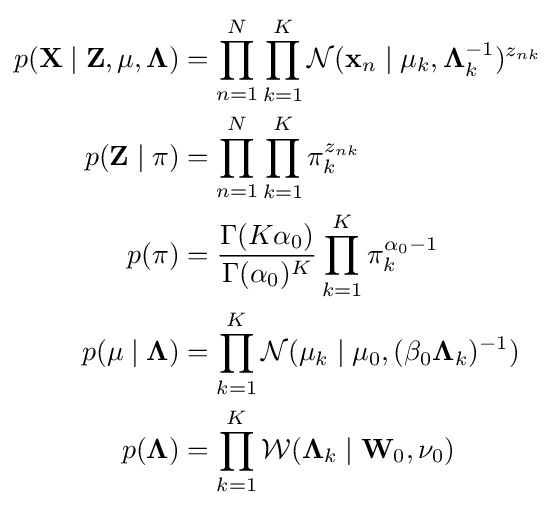
{\begin{aligned}p(\mathbf {X} \mid \mathbf {Z} ,\mathbf {\mu } ,\mathbf {\Lambda } )&=\prod _{n=1}^{N}\prod _{k=1}^{K}{\mathcal {N}}(\mathbf {x} _{n}\mid \mathbf {\mu } _{k},\mathbf {\Lambda } _{k}^{-1})^{z_{nk}}\\p(\mathbf {Z} \mid \mathbf {\pi } )&=\prod _{n=1}^{N}\prod _{k=1}^{K}\pi _{k}^{z_{nk}}\\p(\mathbf {\pi } )&={\frac {\Gamma (K\alpha _{0})}{\Gamma (\alpha _{0})^{K}}}\prod _{k=1}^{K}\pi _{k}^{\alpha _{0}-1}\\p(\mathbf {\mu } \mid \mathbf {\Lambda } )&=\prod _{k=1}^{K}{\mathcal {N}}(\mathbf {\mu } _{k}\mid \mathbf {\mu } _{0},(\beta _{0}\mathbf {\Lambda } _{k})^{-1})\\p(\mathbf {\Lambda } )&=\prod _{k=1}^{K}{\mathcal {W}}(\mathbf {\Lambda } _{k}\mid \mathbf {W} _{0},\nu _{0})\end{aligned}}